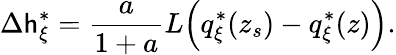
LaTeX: \Delta\mathsf{h}_{\xi}^{*}=\frac{{a}}{{1+a}}L\Big(q_{\xi}^{*}(z_{s})-q_{\xi}^{*}(z)\Big).